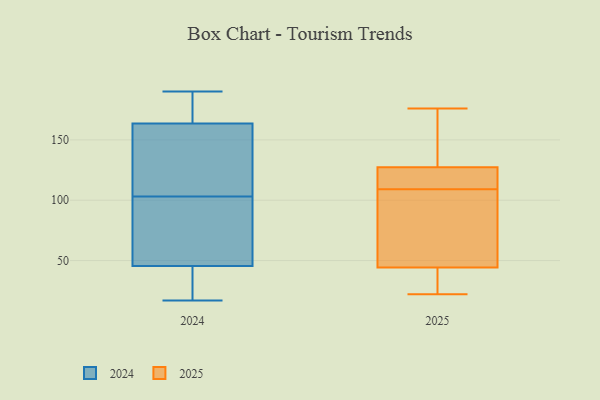
{"axis": {"x": "Active Users", "y": "Value"}, "legend": ["2024", "2025"], "data": [{"x": "", "y": 115, "type": "2025"}, {"x": "", "y": 130, "type": "2025"}, {"x": "", "y": 144, "type": "2025"}, {"x": "", "y": 119, "type": "2025"}, {"x": "", "y": 104, "type": "2025"}, {"x": "", "y": 109, "type": "2025"}, {"x": "", "y": 96, "type": "2025"}, {"x": "", "y": 22, "type": "2025"}, {"x": "", "y": 176, "type": "2025"}, {"x": "", "y": 27, "type": "2025"}, {"x": "", "y": 24, "type": "2025"}, {"x": "", "y": 100, "type": "2024"}, {"x": "", "y": 89, "type": "2024"}, {"x": "", "y": 20, "type": "2024"}, {"x": "", "y": 105, "type": "2024"}, {"x": "", "y": 49, "type": "2024"}, {"x": "", "y": 103, "type": "2024"}, {"x": "", "y": 20, "type": "2024"}, {"x": "", "y": 17, "type": "2024"}, {"x": "", "y": 81, "type": "2024"}, {"x": "", "y": 170, "type": "2024"}, {"x": "", "y": 190, "type": "2024"}, {"x": "", "y": 165, "type": "2024"}, {"x": "", "y": 183, "type": "2024"}, {"x": "", "y": 116, "type": "2024"}, {"x": "", "y": 35, "type": "2024"}, {"x": "", "y": 152, "type": "2024"}, {"x": "", "y": 163, "type": "2024"}]}